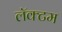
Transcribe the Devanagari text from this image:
लॅक्टम